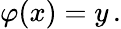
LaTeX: \varphi(x)=y\, .